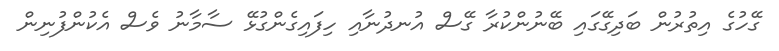
ގޭހުގެ އިތުރުން ބަދިގޭގައި ބޭނުންކުރާ ގޭސް އުނދުނާއި ހިފައިގެންގުޅޭ ސާމާނު ވެސް އެކުންފުނިން